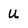
Character: u